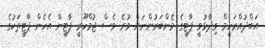
އަބްދުއްރަހީމް ވިދާޅުވީ ޕާޓީގެ މެންބަރުންނަށް ވުރެ ވެސް ޖުމްހޫރީ ޕާޓީން އެހެން ޕާޓީތަކުގެ